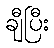
ချီပြီး